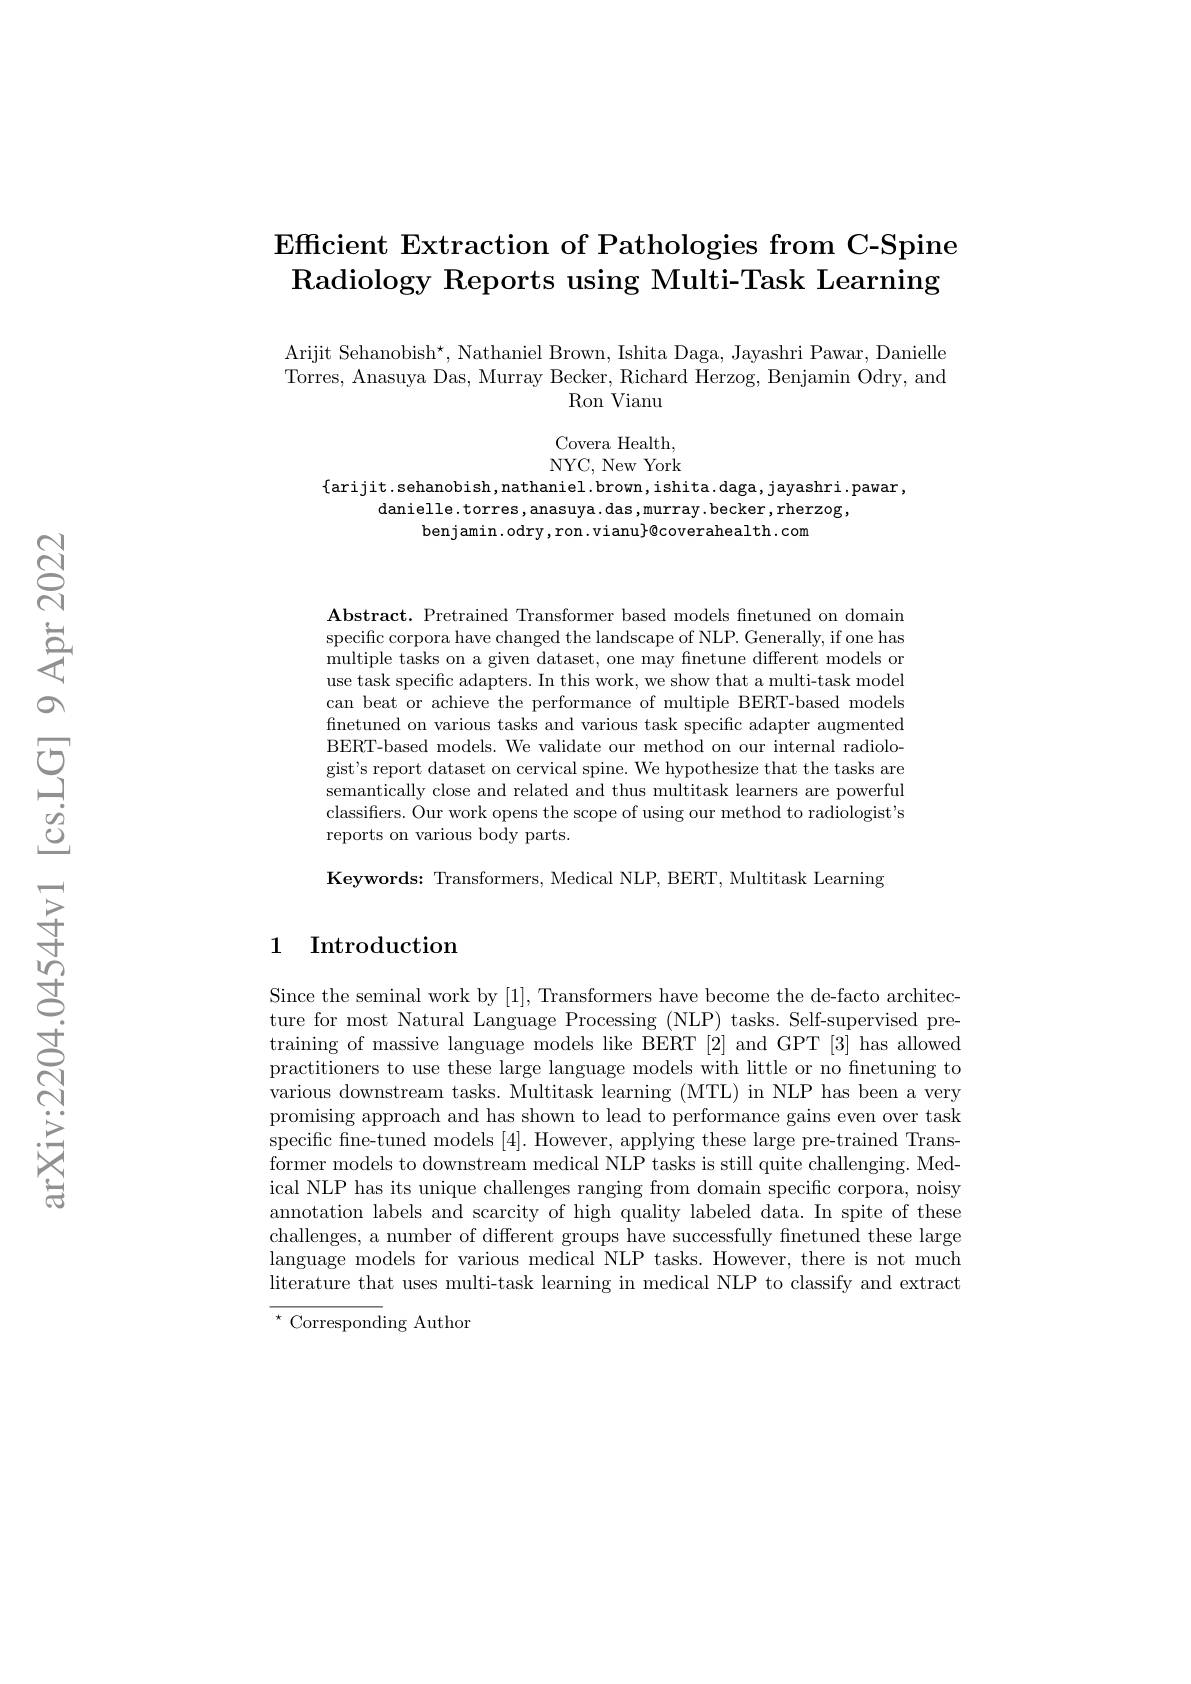
# Efficient Extraction of Pathologies from C- Spine Radiology Reports using Multi-Task Learning

Arijit Sehanobish$^\star$, Nathaniel Brown, Ishita Daga, Jayashri Pawar, Danielle Torres, Anasuya Das, Murray Becker, Richard Herzog, Benjamin Odry, and
Ron Vianu

Covera Health, NYC, New York

$\{$arijit.sehanobish,nathaniel.brown,ishita.daga,jayashri.pawar,
danielle.torres,anasuya.das,murray.becker,rherzog,
benjamin.odry,ron.vianu$\}$@coverahealth.com

$\mathbf{Abstract.~Pretrained~Transformer~based~models~finetuned~on~domain}$ specific corpora have changed the landscape of NLP. Generally, if one has multiple tasks on a given dataset, one may finetune different models or use task specific adapters. In this work, we show that a multi-task model can beat or achieve the performance of multiple BERT-based models finetuned on various tasks and various task specific adapter augmented BERT-based models. We validate our method on our internal radiologist's report dataset on cervical spine. We hypothesize that the tasks are semantically close and related and thus multitask learners are powerful classifiers. Our work opens the scope of using our method to radiologist's reports on various body parts.

$\mathbf{Keywords:~Transformers,~Medical~NLP,~BERT,~Multitask~Learning}$

## 1 Introduction

Since the seminal work by [1], Transformers have become the de-facto architecture for most Natural Language Processing (NLP) tasks. Self-supervised pretraining of massive language models like BERT [2] and GPT [3] has allowed practitioners to use these large language models with little or no finetuning to various downstream tasks. Multitask learning (MTL) in NLP has been a very promising approach and has shown to lead to performance gains even over task specific fine-tuned models [4]. However, applying these large pre-trained Transformer models to downstream medical NLP tasks is still quite challenging. Medical NLP has its unique challenges ranging from domain specific corpora, noisy annotation labels and scarcity of high quality labeled data. In spite of these challenges, a number of different groups have successfully finetuned these large language models for various medical NLP tasks. However, there is not much literature that uses multi-task learning in medical NLP to classify and extract $^{\star}$ Corresponding Author